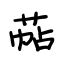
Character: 萜